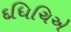
દધિચિએ